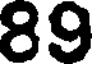
89